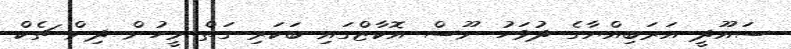
ސައޫދީ އަރަބިއްޔާގެ ދުވަހު ނޫސް އޮކާޒްގައި ބަކަރި ގަތް މީހުން ދިން ޗެކް